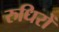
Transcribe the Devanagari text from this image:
रुधिरों